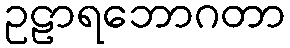
ဥဠာရဘောဂတာ